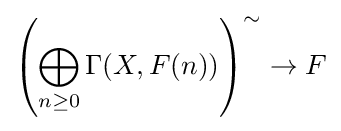
\left(\bigoplus _{n\geq 0}\Gamma (X,F(n))\right)^{\sim }\to F